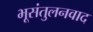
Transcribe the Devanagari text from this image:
भूसंतुलनवाद